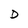
Character: D